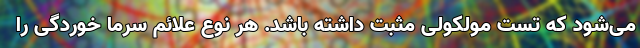
می‌شود که تست مولکولی مثبت داشته باشد. هر نوع علائم سرما خوردگی را